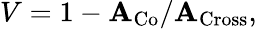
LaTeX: V=1-\mathbf{A}_{\mathrm{{Co}}}/\mathbf{A}_{\mathrm{{Cross}}},